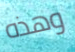
وهذه